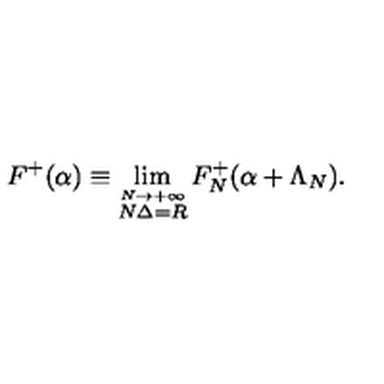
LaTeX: F ^ { + } ( \alpha ) \equiv \lim _ { \stackrel { N \rightarrow + \infty } { N \Delta = R } } F _ { N } ^ { + } ( \alpha + \Lambda _ { N } ) .